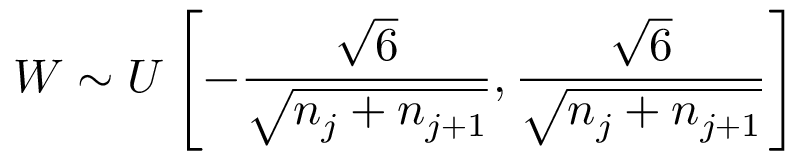
W \sim U \left[ - \frac { \sqrt { 6 } } { \sqrt { n _ { j } + n _ { j + 1 } } } , \frac { \sqrt { 6 } } { \sqrt { n _ { j } + n _ { j + 1 } } } \right]